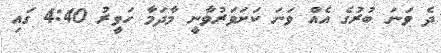
ދެ ވަނަ ބުރުގެ އެއް ވަނަ ކަށަވަރުވާނީ މާދަމާ ހަވީރު 4:40 ގައި